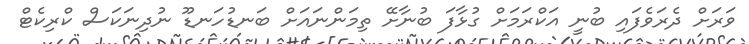
ވަރަށް ދެރަވެފައި ބުނީ އަކްރަމަށް ގުޅާފަ ބުނާށޭ ތިމަންނައަށް ބަނޑުހަނޑޫ ނުދިނަކަސް ކްރިކެޓް